Problem: 13 + 47 = ?
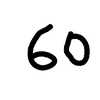
Handwritten answer: 60